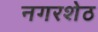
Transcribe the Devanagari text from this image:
नगरशेठ